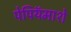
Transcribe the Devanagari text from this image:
पेपियॅमाशे